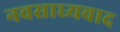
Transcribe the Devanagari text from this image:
नवसाध्यवाद